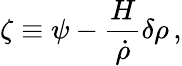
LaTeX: \zeta\equiv\psi-{\frac{H}{\dot{\rho}}}\delta\rho\, ,